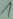
Text: 1